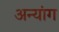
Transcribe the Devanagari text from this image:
अन्यांग